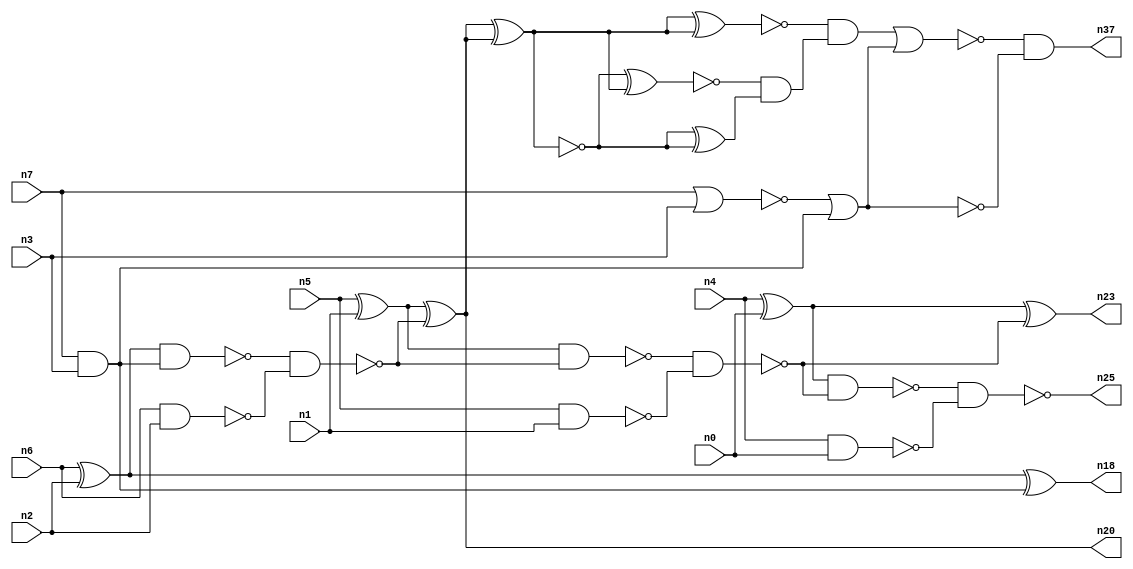
// This file contains a pareto-optimal circuit with respect to power and the fault-resilince parameter p_fault which is defined as:
// "For all input vectors, the ratio of the no. of faults observable at the POs to the no. of total possible faults in the circuit".
// This code is part of the ReCkt library (https://github.com/umar-afzaal/ReCkt) distributed under The MIT License.
// When used, please cite the following article(s):
// U. Afzaal, A.S. Hassan, M. Usman and J.A. Lee, "On the Evolutionary Synthesis of Increased Fault-resilience Arithmetic Circuits".

// p_fault = 70.8 %    (Lower is better)
// gates = 30.0
// levels = 11
// area = 41.96    (For MCNC library relative to nand2)
// power = 133.3 uW    (Berkely-SIS for MCNC library @ Vdd=5V and 20 MHz clock)
// delay = 19.0 ns    (Berkely-ABC for MCNC library)
// PDP = 2.5327e-12 J

// Pin mapping:
// {n0, n1, n2, n3} = A[3:0]
// {n4, n5, n6, n7} = B[3:0]
// {n25, n23, n20, n18, n37} = O[4:0]

module addr4u_power_15 (
n0, n1, n2, n3, n4, n5, n6, n7, 
n25, n23, n20, n18, n37
);

input n0, n1, n2, n3, n4, n5, n6, n7;
output n25, n23, n20, n18, n37;
wire n29, n13, n30, n24, n9, n14, n16, n35, n22, n8, n15, n32, n10, n31, n26, n19, n21, n36, n33, n27, 
n11, n28, n12, n17, n34;

xor (n8, n4, n0);
nand (n9, n4, n0);
nand (n10, n5, n1);
nand (n11, n6, n2);
nor (n12, n7, n3);
xor (n13, n6, n2);
and (n14, n7, n3);
xor (n15, n5, n1);
nor (n16, n12, n14);
nand (n17, n13, n14);
xor (n18, n13, n14);
nand (n19, n17, n11);
xor (n20, n15, n19);
nand (n21, n15, n19);
nand (n22, n21, n10);
xor (n23, n8, n22);
nand (n24, n8, n22);
nand (n25, n24, n9);
xnor (n26, n20, n20);
xor (n27, n20, n20);
xnor (n28, n26, n27);
xor (n29, n26, n26);
nand (n30, n16, n16);
and (n31, n28, n29);
xnor (n32, n27, n27);
and (n33, n32, n31);
nor (n34, n33, n30);
and (n35, n16, n16);
and (n36, n34, n34);
and (n37, n36, n35);

endmodule